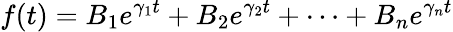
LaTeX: f(t)=B_{1}e^{\gamma_{1}t}+B_{2}e^{\gamma_{2}t}+\cdots+B_{n}e^{\gamma_{n}t}